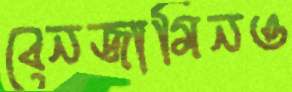
বেনজামিনও